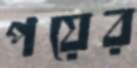
পয়ের